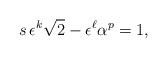
LaTeX: \begin{align*}s \, \epsilon^{k} \sqrt{2}-\epsilon^{\ell} \alpha^p=1,\end{align*}